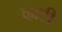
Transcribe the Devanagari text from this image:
व्ह्यटी